Indian journal of veterinary science and animal husbandry - Volume 2,
Year: 1932
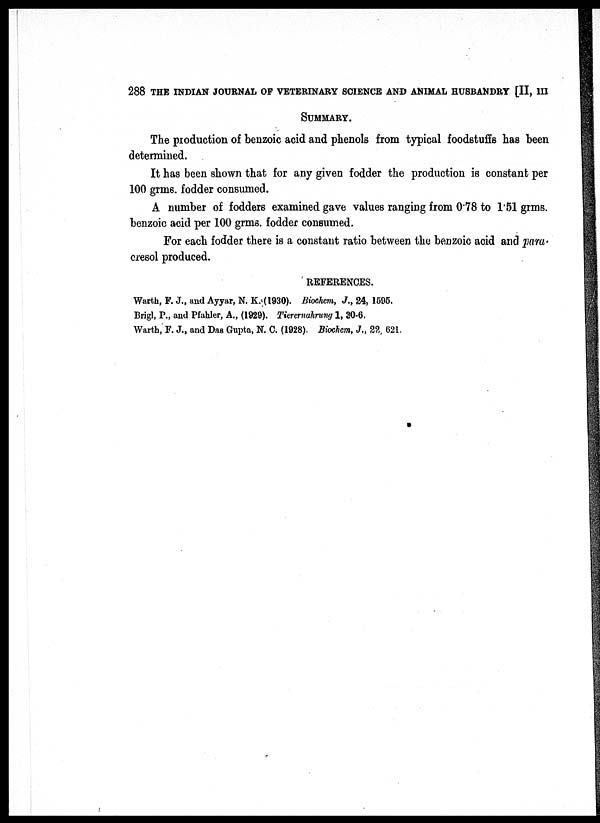
288 THE INDIAN JOURNAL OF VETERINARY SCIENCE AND ANIMAL HUSBANDRY [II, III
SUMMARY.
The production of benzoic acid and phenols from typical foodstuffs has been
determined.
It has been shown that for any given fodder the production is constant per
100 grms, fodder consumed.
A number of fodders examined gave values ranging from 0.78 to 1.51 grms,
benzoic acid per 100 grms, fodder consumed.
For each fodder there is a constant ratio between the benzoic acid and para.
cresol produced.
REFERENCES.
Warth, F. J., and Ayyar, N. K. (1930). Biochem, J., 24, 1505.
Brigl, P., and Pfahler, A., (1029). Tierernahrung 1, 30-6.
Warth, F. J., and Das Gupta, N. C. (1928). Biochem, J., 22, 621.